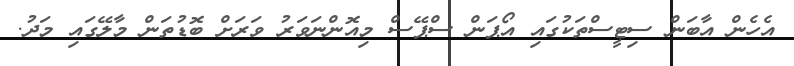
އެހެން އާބަން ސިޓީސްތަކުގައި އޯޕަން ސްޕޭސް މިއޮންނަވަރު ވަރަށް ބޮޑުތަން މާލޭގައި މަދު.